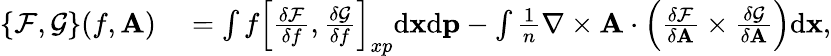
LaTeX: \begin{array}{rl}{\{ \mathcal{F},\mathcal{G}\} (f,{\mathbf A})}&{{}=\int f\left[\frac{\delta\mathcal{F}}{\delta f},\frac{\delta\mathcal{G}}{\delta f}\right]_{xp}\mathrm{d}{\mathbf x}\mathrm{d}{\mathbf p}-\int\frac{1}{n}\nabla\times\mathbf{A}\cdot\left(\frac{\delta\mathcal{F}}{\delta{\mathbf A}}\times\frac{\delta\mathcal{G}}{\delta{\mathbf A}}\right)\mathrm{d}{\mathbf x},}\end{array}